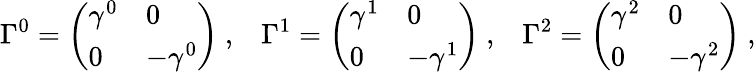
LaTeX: \Gamma^{0}=\left(\begin{array}{ll}{{\gamma^{0}}}&{{0}}\\ {{0}}&{{-\gamma^{0}}}\end{array}\right)\ ,\; \; \; \Gamma^{1}=\left(\begin{array}{ll}{{\gamma^{1}}}&{{0}}\\ {{0}}&{{-\gamma^{1}}}\end{array}\right)\ ,\; \; \; \Gamma^{2}=\left(\begin{array}{ll}{{\gamma^{2}}}&{{0}}\\ {{0}}&{{-\gamma^{2}}}\end{array}\right)\ ,